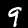
Digit: 9